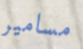
مسامير